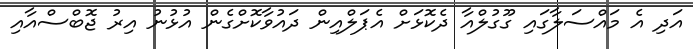
އަދި އެ މައްސަލާގައި ގޫގުލްއާ ދެކޮޅަށް އެޕަލްއިން ދައުވާކޮށްގެން އުޅުނު އިރު ޖޮބްސްއާއި